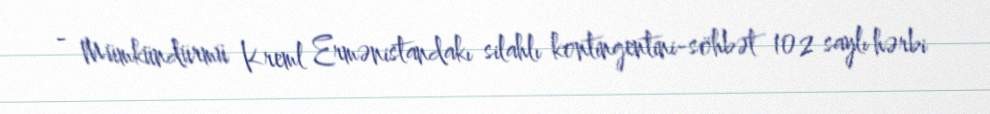
- Mümkündürmü Kreml Ermənistandakı silahlı kontingentini-söhbət 102 saylı hərbi